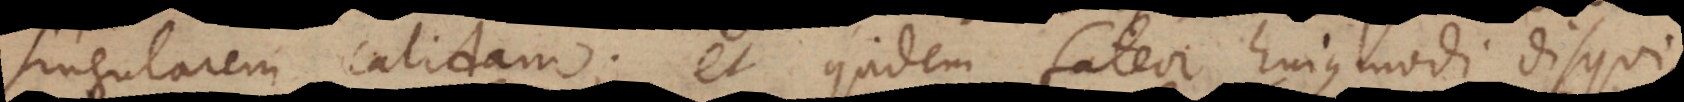
singularem calidam; et quidem fateor hujusmodi disqui